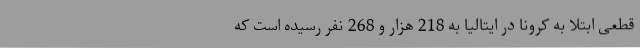
قطعی ابتلا به کرونا در ایتالیا به 218 هزار و 268 نفر رسیده است که